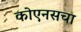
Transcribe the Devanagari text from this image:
कोएनसचा